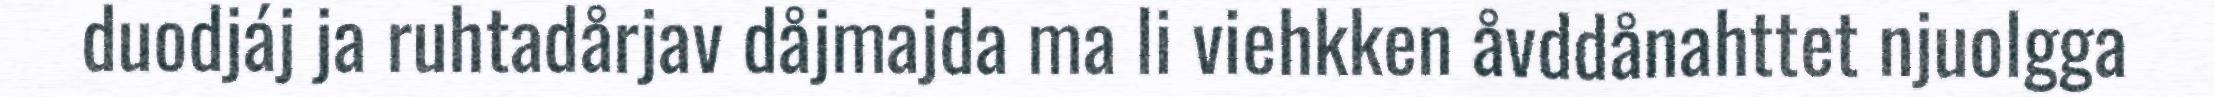
duodjáj ja ruhtadårjav dåjmajda ma li viehkken åvddånahttet njuolgga